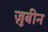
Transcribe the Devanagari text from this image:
ज़ुबीन